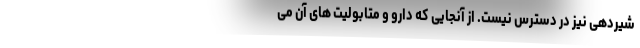
شیردهی نیز در دسترس نیست. از آنجایی که دارو و متابولیت‌ های آن می